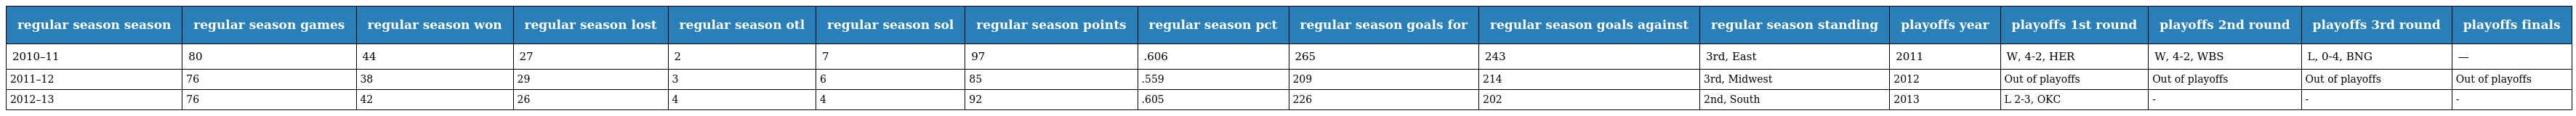
| regular season season | regular season games | regular season won | regular season lost | regular season otl | regular season sol | regular season points | regular season pct | regular season goals for | regular season goals against | regular season standing | playoffs year | playoffs 1st round | playoffs 2nd round | playoffs 3rd round | playoffs finals |
 | --- | --- | --- | --- | --- | --- | --- | --- | --- | --- | --- | --- | --- | --- | --- | --- |
 | 2010–11 | 80 | 44 | 27 | 2 | 7 | 97 | .606 | 265 | 243 | 3rd, East | 2011 | W, 4-2, HER | W, 4-2, WBS | L, 0-4, BNG | — |
 | 2011–12 | 76 | 38 | 29 | 3 | 6 | 85 | .559 | 209 | 214 | 3rd, Midwest | 2012 | Out of playoffs | Out of playoffs | Out of playoffs | Out of playoffs |
 | 2012–13 | 76 | 42 | 26 | 4 | 4 | 92 | .605 | 226 | 202 | 2nd, South | 2013 | L 2-3, OKC | - | - | - |